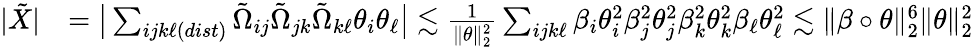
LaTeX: \begin{array}{rl}{|\tilde{X}|}&{=\big|\sum_{ijk\ell(dist)}\tilde{\Omega}_{ij}\tilde{\Omega}_{jk}\tilde{\Omega}_{k\ell}\theta_{i}\theta_{\ell}\big|\lesssim\frac{1}{\| \theta\| _{2}^{2}}\sum_{ijk\ell}\beta_{i}\theta_{i}^{2}\beta_{j}^{2}\theta_{j}^{2}\beta_{k}^{2}\theta_{k}^{2}\beta_{\ell}\theta_{\ell}^{2}\lesssim\| \beta\circ\theta\| _{2}^{6}\| \theta\| _{2}^{2}}\end{array}